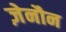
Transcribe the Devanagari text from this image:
ज़ेनौन